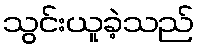
သွင်းယူခဲ့သည်